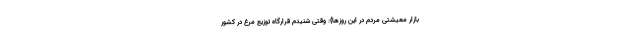
بازار معیشتی مردم در این روزها}: وقتی شنیدم قرارگاه توزیع مرغ در کشور